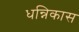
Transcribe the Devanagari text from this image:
धन्निकास